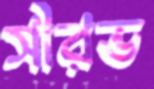
সৗরভ